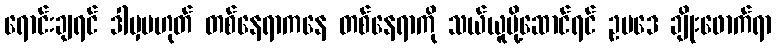
ရောင်းချရင် ဒါမှမဟုတ် တစ်နေရာကနေ တစ်နေရာကို သယ်ယူပို့ဆောင်ရင် ဥပဒေ ချိုးဖောက်ရာ